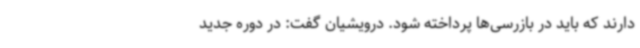
دارند که باید در بازرسی‌ها پرداخته شود. درویشیان گفت: در دوره جدید